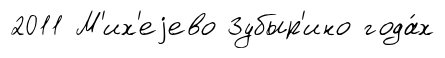
2011 М'их'еjево Зубыр'ино года́х